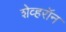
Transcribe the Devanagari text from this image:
शेव्हरॉन